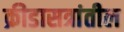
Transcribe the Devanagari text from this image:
क्रीडासत्रांतील